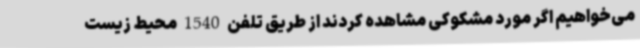
می‌خواهیم اگر مورد مشکوکی مشاهده کردند از طریق تلفن 1540 محیط زیست